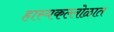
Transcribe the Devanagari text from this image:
हास्यकल्लोळात